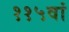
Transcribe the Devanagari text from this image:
११५वां